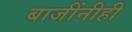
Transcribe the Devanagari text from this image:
बाजींनीही